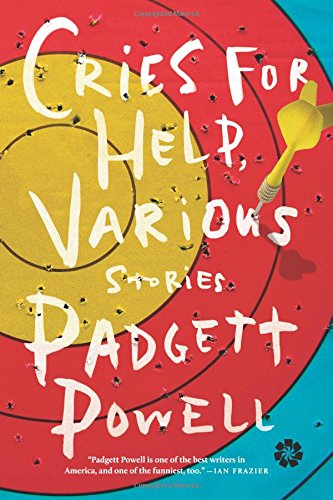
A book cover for Cries for Help, Various: Stories; Padgett Powell; Literature & Fiction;